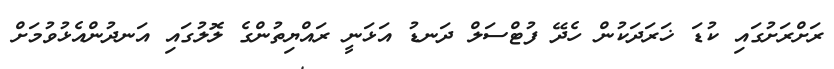
ރަށްރަށުގައި ކުޑަ ޚަރަދަކުން ހެދޭ ފުޓްސަލް ދަނޑު އަޅަނީ ރައްޔިތުންގެ ލޮލުގައި އަނދުންއެޅުވުމަށް